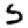
Digit: 5